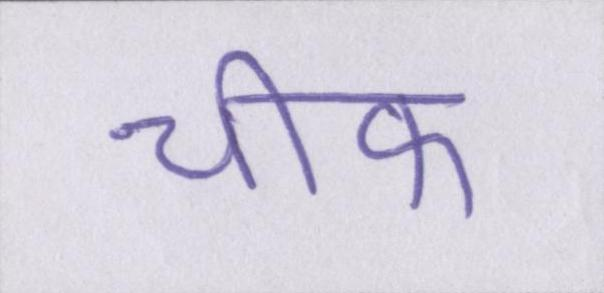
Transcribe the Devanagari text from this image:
चीफ